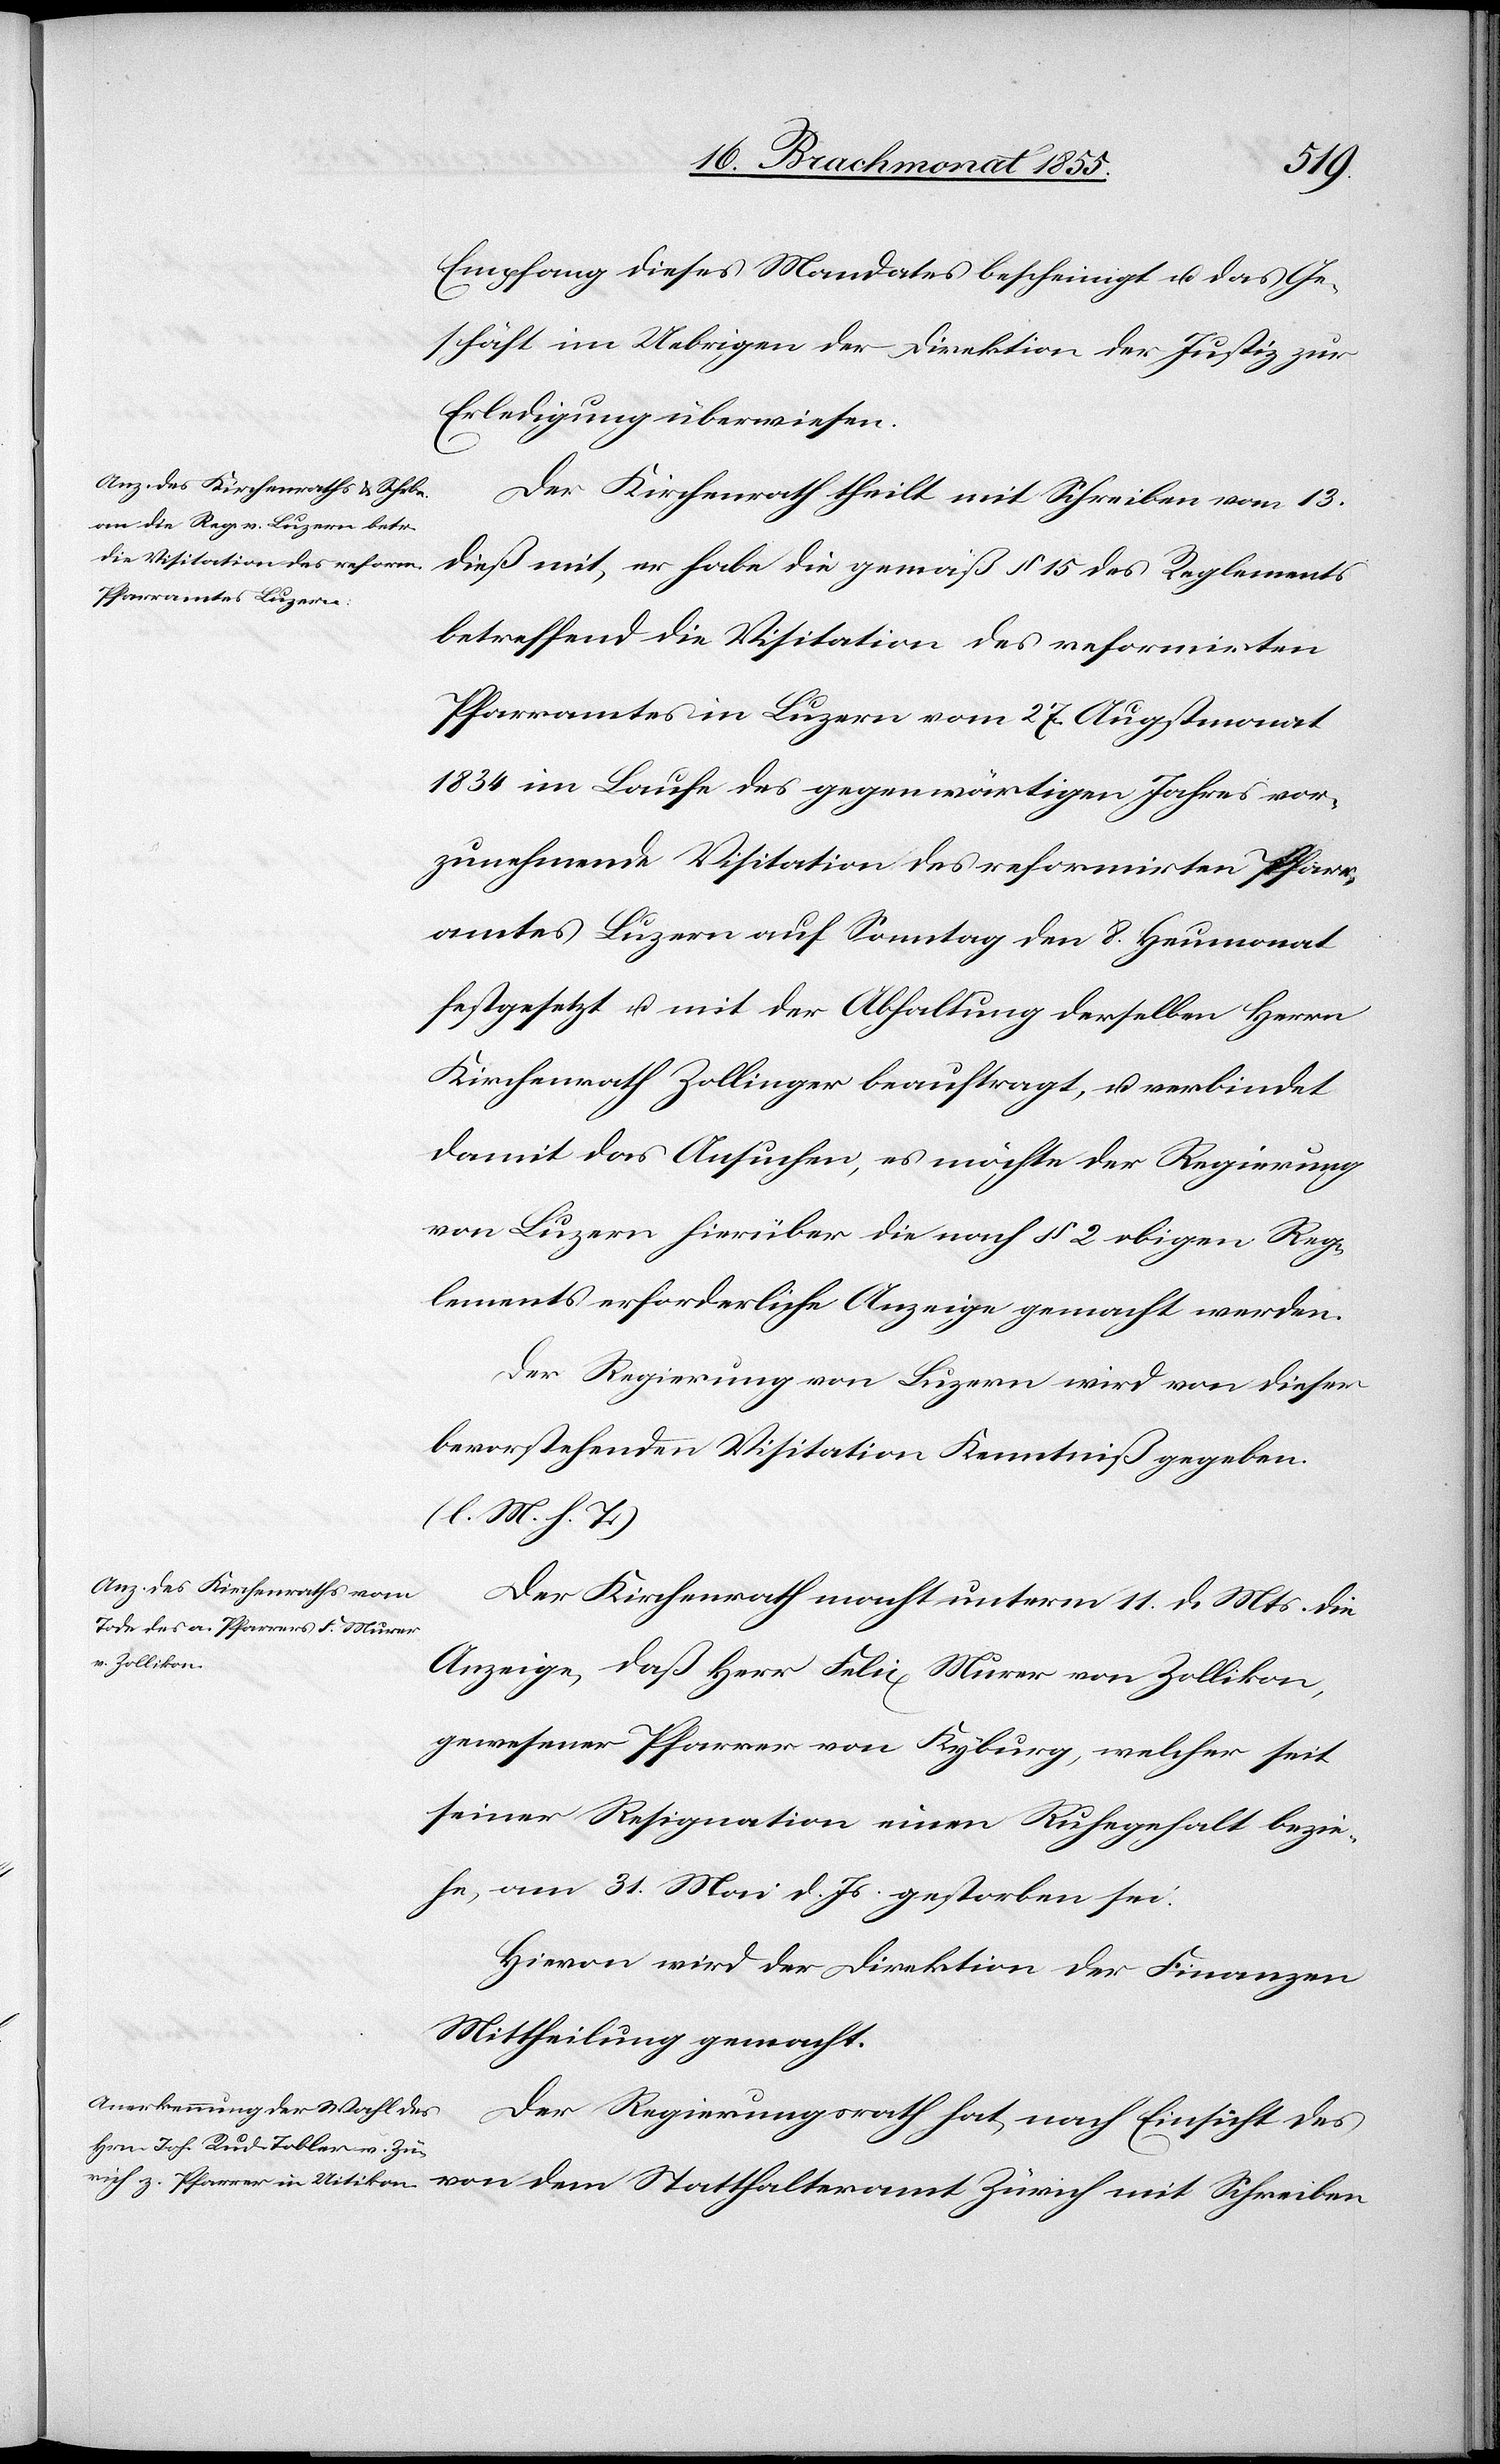
Empfang dieses Mandates bescheinigt u. das Ge¬
schäft im Uebrigen der Direktion der Justiz zur
Erledigung überwiesen.
Der Kirchenrath theilt mit Schreiben vom 13.
dieß mit, er habe die gemäß § 15 des Reglements
betreffend die Visitation des reformirten
Pfarramtes in Luzern vom 27. Augstmonat
1834 im Laufe des gegenwärtigen Jahres vor¬
zunehmende Visitation des reformirten Pfarr¬
amtes Luzern auf Sonntag den 8. Heumonat
festgesetzt u. mit der Abhaltung derselben Herrn
Kirchenrath Zollinger beauftragt, u. verbindet
damit das Ansuchen, es möchte der Regierung
von Luzern hierüber die nach § 2 obigen Reg¬
lements erforderliche Anzeige gemacht werden.
Der Regierung von Luzern wird von dieser
bevorstehenden Visitation Kenntniß gegeben.
(l. M. h. T.)
Der Kirchenrath macht unterm 11. d. Mts. die
Anzeige, daß Herr Felix Murer von Zollikon,
gewesener Pfarrer von Kyburg, welcher seit
seiner Resignation einen Ruhegehalt bezie¬
he, am 31. Mai d. Js. gestorben sei.
Hievon wird der Direktion der Finanzen
Mittheilung gemacht.
Der Regierungsrath hat, nach Einsicht des